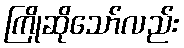
ကြိုဆိုသော်လည်း